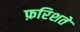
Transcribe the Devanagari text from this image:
फ़रिशते